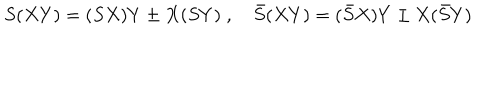
S ( X Y ) = ( S X ) Y \pm X ( S Y ) \; , \quad \bar { S } ( X Y ) = ( \bar { S } X ) Y \pm X ( \bar { S } Y )